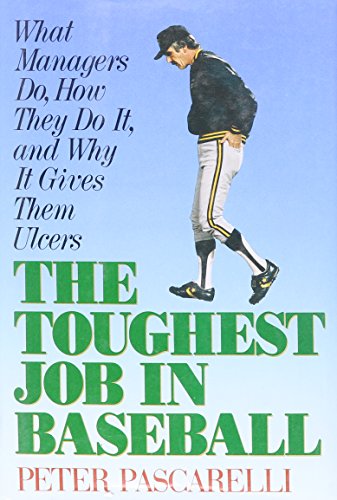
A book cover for Toughest Job in Baseball: What Managers Do, How They Do It,why It Gives Ulcers; Peter Pascarelli; Health, Fitness & Dieting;